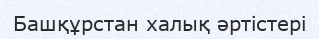
Башқұрстан халық әртістері